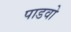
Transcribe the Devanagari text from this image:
पाडवो